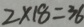
2 \times 1 8 = 3 6